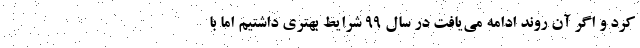
کرد و اگر آن روند ادامه می‌یافت در سال ۹۹ شرایط بهتری داشتیم اما با